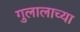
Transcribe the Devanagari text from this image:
गुलालाच्या